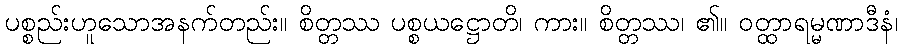
ပစ္စည်းဟူသောအနက်တည်း။ စိတ္တဿ ပစ္စယဋ္ဌောတိ၊ ကား။ စိတ္တဿ၊ ၏။ ဝတ္ထာရမ္မဏာဒီနံ၊